Manual of the Civil Veterinary Department, Central Provinces and Berar
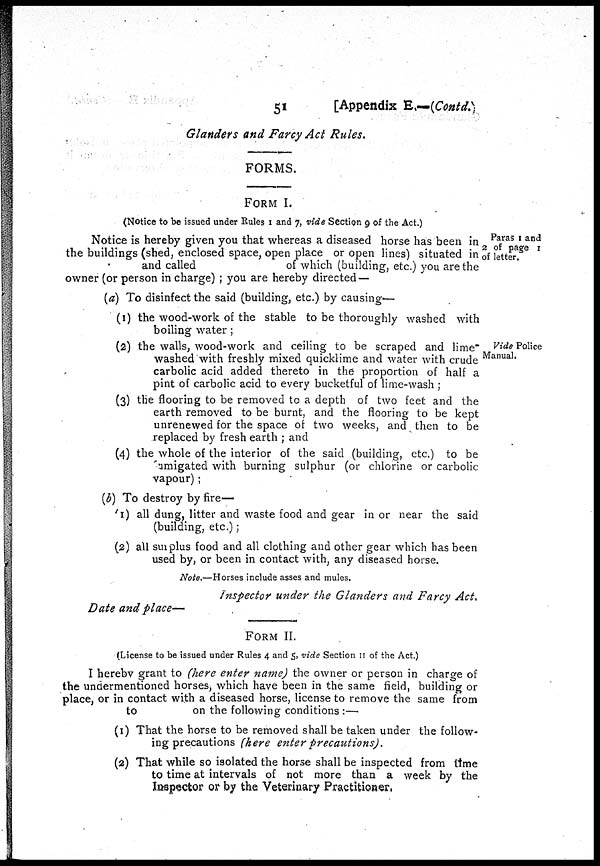
51
[Appendix E.—(Contd.)
Glanders and Farcy Act Rules.
FORMS.
FORM I.
(Notice to be issued under Rules 1 and 7, vide Section 9 of the Act.)
Paras 1 and
of page 1
letter.
Notice is hereby given you that whereas a diseased horse has been in 2
the buildings (shed, enclosed space, open place or open lines) situated in of
and called
of which (building, etc.) you are the
owner (or person in charge) ; you are hereby directed —
(a) To disinfect the said (building, etc.) by causing—
(1) the wood-work of the stable to be thoroughly washed with
boiling water;
Vide Police
Manual.
(2) the walls, wood-work and ceiling to be scraped and lime"
washed with freshly mixed quicklime and water with crude
carbolic acid added thereto in the proportion of half a
pint of carbolic acid to every bucketful of lime-wash ;
(3) the flooring to be removed to a depth of two feet and the
earth removed to be burnt, and the flooring to be kept
unrenewed for the space of two weeks, and then to be
replaced by fresh earth ; and
(4) the whole of the interior of the said (building, etc.) to be
amigated with burning sulphur (or chlorine or carbolic
vapour);
(b) To destroy by fire—
(1) all dung, litter and waste food and gear in or near the said
(building, etc.);
(2) all surplus food and all clothing and other gear which has been
used by, or been in contact with, any diseased horse.
Note.—Horses include asses and mules.
Inspector under the Glanders and Farcy Act.
Date and place—
FORM II.
(License to be issued under Rules 4 and 5, vide Section 11 of the Act.)
I hereby grant to (here enter name) the owner or person in charge of
the undermentioned horses, which have been in the same field, building or
place, or in contact with a diseased horse, license to remove the same from
to
on the following conditions :—
(1) That the horse to be removed shall be taken under the follow-
ing precautions (here enter precautions).
(2) That while so isolated the horse shall be inspected from time
to time at intervals of not more than a week by the
Inspector or by the Veterinary Practitioner.